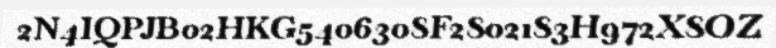
2N4IQPJB02HKG5406308F2802183H972X8OZ